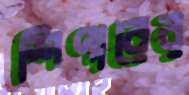
শিপারের